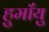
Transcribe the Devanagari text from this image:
हुमाँयु